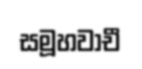
සමූහවාචී